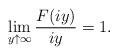
LaTeX: \begin{align*}\lim_{y\uparrow\infty}\frac{F(iy)}{iy}=1.\end{align*}